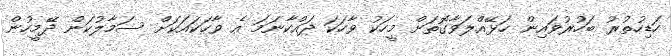
ހަޑިހުތުރު ބަހުރުވައިން ހަޅޭއްލަވާގޮތަށް މީހަކު ވާހަކަ ދައްކާނަމަ އެ ވާހަކައަކަށް ސަމާލުކަން ދޭމީހުން